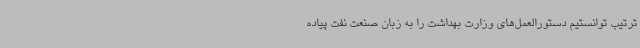
ترتیب توانستیم دستورالعمل‌های وزارت بهداشت را به زبان صنعت نفت پیاده